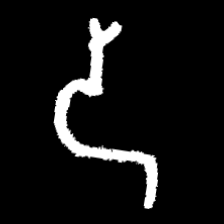
Pyu character \u2014 Myanmar letter: ဒ (romanized: da)